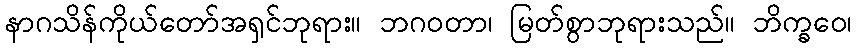
နာဂသိန်ကိုယ်တော်အရှင်ဘုရား။ ဘဂဝတာ၊ မြတ်စွာဘုရားသည်။ ဘိက္ခဝေ၊